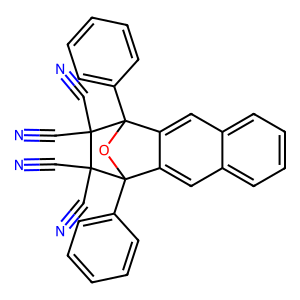
SMILES: N#CC1(C#N)C2(c3ccccc3)OC(c3ccccc3)(c3cc4ccccc4cc32)C1(C#N)C#N
Inhibits HIV replication: No